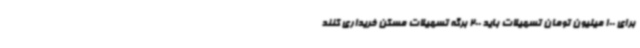
برای 100 میلیون تومان تسهیلات باید 200 برگه تسهیلات مسکن خریداری کنند